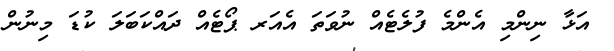
އަޅާ ނިންމި އެންމެ ފުލެޓެއް ނުވަތަ އެއަރ ޕޯޓެއް ދައްކަބަލަ ކުޑަ މިނުން